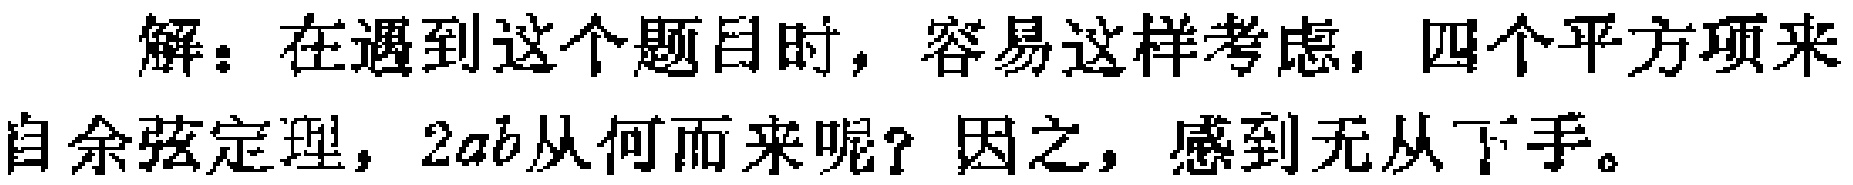
解：在遇到这个题目时，容易这样考虑，四个平方项来自余弦定理，\(2ab\)从何而来呢？因之，感到无从下手。